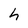
Character: h